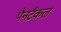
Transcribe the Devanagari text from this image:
पैनटैकल